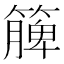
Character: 簲